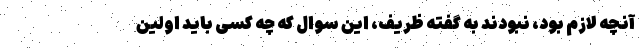
آنچه لازم بود، نبودند‌ به گفته ظریف، این سوال که چه کسی باید اولین